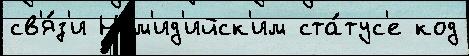
св'я́з'и Нум'ид'ийск'им ста́тус'е код